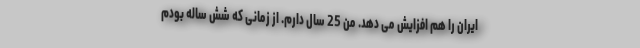
ایران را هم افزایش می دهد. من 25 سال دارم. از زمانی که شش ساله بودم